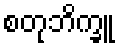
စတုဘိက္ခူ